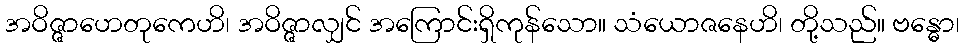
အဝိဇ္ဇာဟေတုကေဟိ၊ အဝိဇ္ဇာလျှင် အကြောင်းရှိကုန်သော။ သံယောဇနေဟိ၊ တို့သည်။ ဗန္ဓော၊